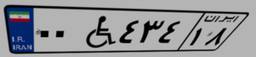
۰۰W۴۳۴۱۸